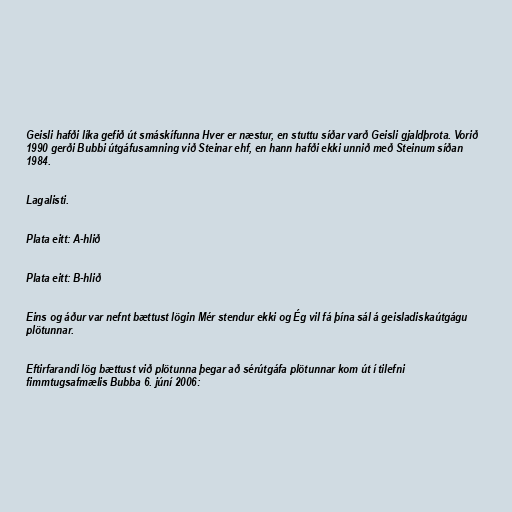
Geisli hafði líka gefið út smáskífunna Hver er næstur, en stuttu síðar varð Geisli gjaldþrota. Vorið
1990 gerði Bubbi útgáfusamning við Steinar ehf, en hann hafði ekki unnið með Steinum síðan
1984.

Lagalisti.

Plata eitt: A-hlið

Plata eitt: B-hlið

Eins og áður var nefnt bættust lögin Mér stendur ekki og Ég vil fá þína sál á geisladiskaútgágu
plötunnar.

Eftirfarandi lög bættust við plötunna þegar að sérútgáfa plötunnar kom út í tilefni
fimmtugsafmælis Bubba 6. júní 2006: